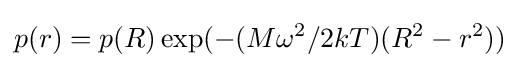
p(r)=p(R)\exp(-(M\omega ^{2}/2kT)(R^{2}-r^{2}))